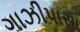
ગાઝીપાસા